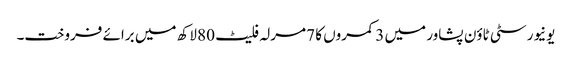
یونیورسٹی ٹاؤن پشاور میں 3 کمروں کا 7 مرلہ فلیٹ 80 لاکھ میں برائے فروخت۔